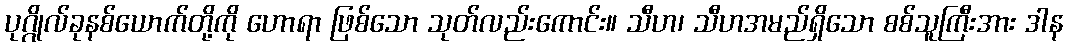
ပုဂ္ဂိုလ်ခုနစ်ယောက်တို့ကို ဟောရာ ဖြစ်သော သုတ်လည်းကောင်း။ သီဟ၊ သီဟအမည်ရှိသော စစ်သူကြီးအား ဒါန